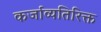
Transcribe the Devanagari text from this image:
कर्जाव्यतिरिक्त